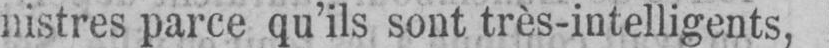
nistres parce qu’ils sont très-intelligents,